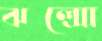
ঝল্‌সো